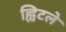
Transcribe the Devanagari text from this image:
ह्विटले